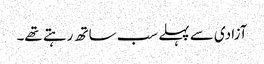
آزادی سے پہلے سب ساتھ رہتے تھے۔